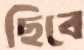
ছিবে